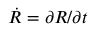
{ \dot { R } } = \partial R / \partial t